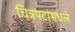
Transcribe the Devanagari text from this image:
चित्रपटांमधले